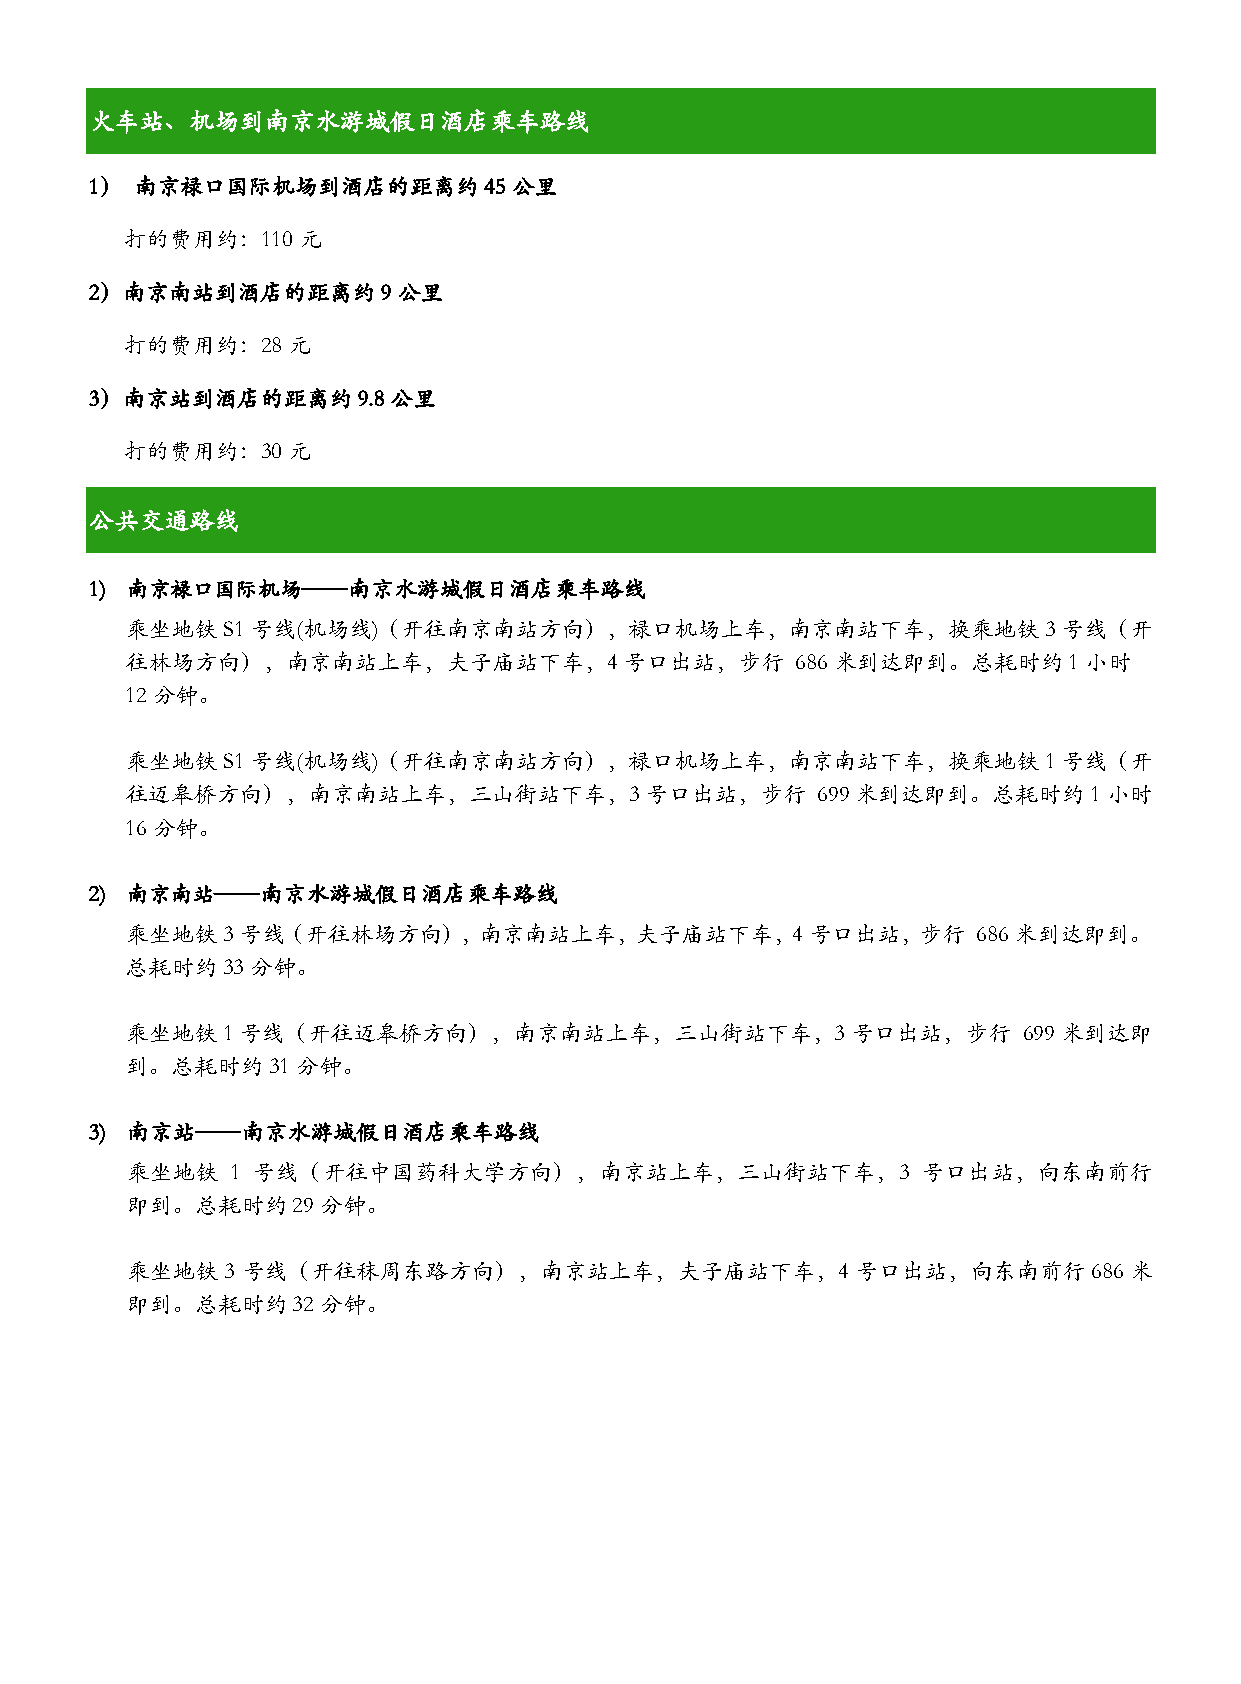
火车站、机场到南京水游城假日酒店乘车路线
 1） 南京禄口国际机场到酒店的距离约45公里
 打的费用约：110元
 2）南京南站到酒店的距离约9公里
 打的费用约：28元
 3）南京站到酒店的距离约9.8公里
 打的费用约：30元
 公共交通路线
 1) 南京禄口国际机场——南京水游城假日酒店乘车路线
 乘坐地铁S1号线(机场线)（开往南京南站方向），禄口机场上车，南京南站下车，换乘地铁3号线（开
 往林场方向），南京南站上车，夫子庙站下车，4号口出站，步行                686米到达即到。总耗时约1小时
 12分钟。
 乘坐地铁S1号线(机场线)（开往南京南站方向），禄口机场上车，南京南站下车，换乘地铁1号线（开
 往迈皋桥方向），南京南站上车，三山街站下车，3号口出站，步行                699米到达即到。总耗时约1小时
 16分钟。
 2) 南京南站——南京水游城假日酒店乘车路线
 乘坐地铁3号线（开往林场方向），南京南站上车，夫子庙站下车，4号口出站，步行                   686米到达即到。
 总耗时约33分钟。
 乘坐地铁1号线（开往迈皋桥方向），南京南站上车，三山街站下车，3号口出站，步行                     699米到达即
 到。总耗时约31分钟。
 3) 南京站——南京水游城假日酒店乘车路线
 乘坐地铁   1 号线（开往中国药科大学方向），南京站上车，三山街站下车，3               号口出站，向东南前行
 即到。总耗时约29分钟。
 乘坐地铁   3 号线（开往秣周东路方向），南京站上车，夫子庙站下车，4             号口出站，向东南前行     686 米
 即到。总耗时约32分钟。